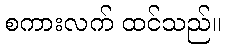
စကားလက် ထင်သည်။